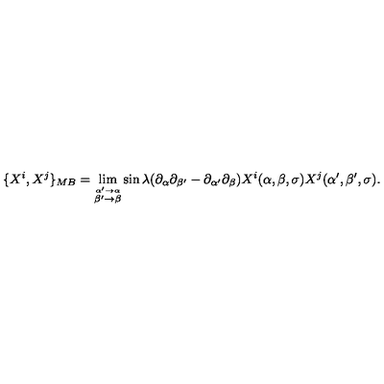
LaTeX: \{ X ^ { i } , X ^ { j } \} _ { M B } = \lim _ { \stackrel { \alpha ^ { \prime } \to \alpha } { \beta ^ { \prime } \to \beta } } \sin \lambda ( \partial _ { \alpha } \partial _ { \beta ^ { \prime } } - \partial _ { \alpha ^ { \prime } } \partial _ { \beta } ) X ^ { i } ( \alpha , \beta , \sigma ) X ^ { j } ( \alpha ^ { \prime } , \beta ^ { \prime } , \sigma ) .